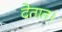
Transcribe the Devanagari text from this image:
देतात।